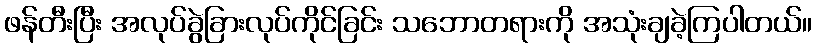
ဖန်တီးပြီး အလုပ်ခွဲခြားလုပ်ကိုင်ခြင်း သဘောတရားကို အသုံးချခဲ့ကြပါတယ်။